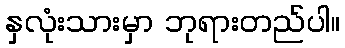
နှလုံးသားမှာ ဘုရားတည်ပါ။